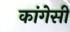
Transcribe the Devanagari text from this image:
कांगेसी